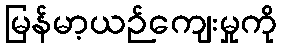
မြန်မာ့ယဉ်ကျေးမှုကို